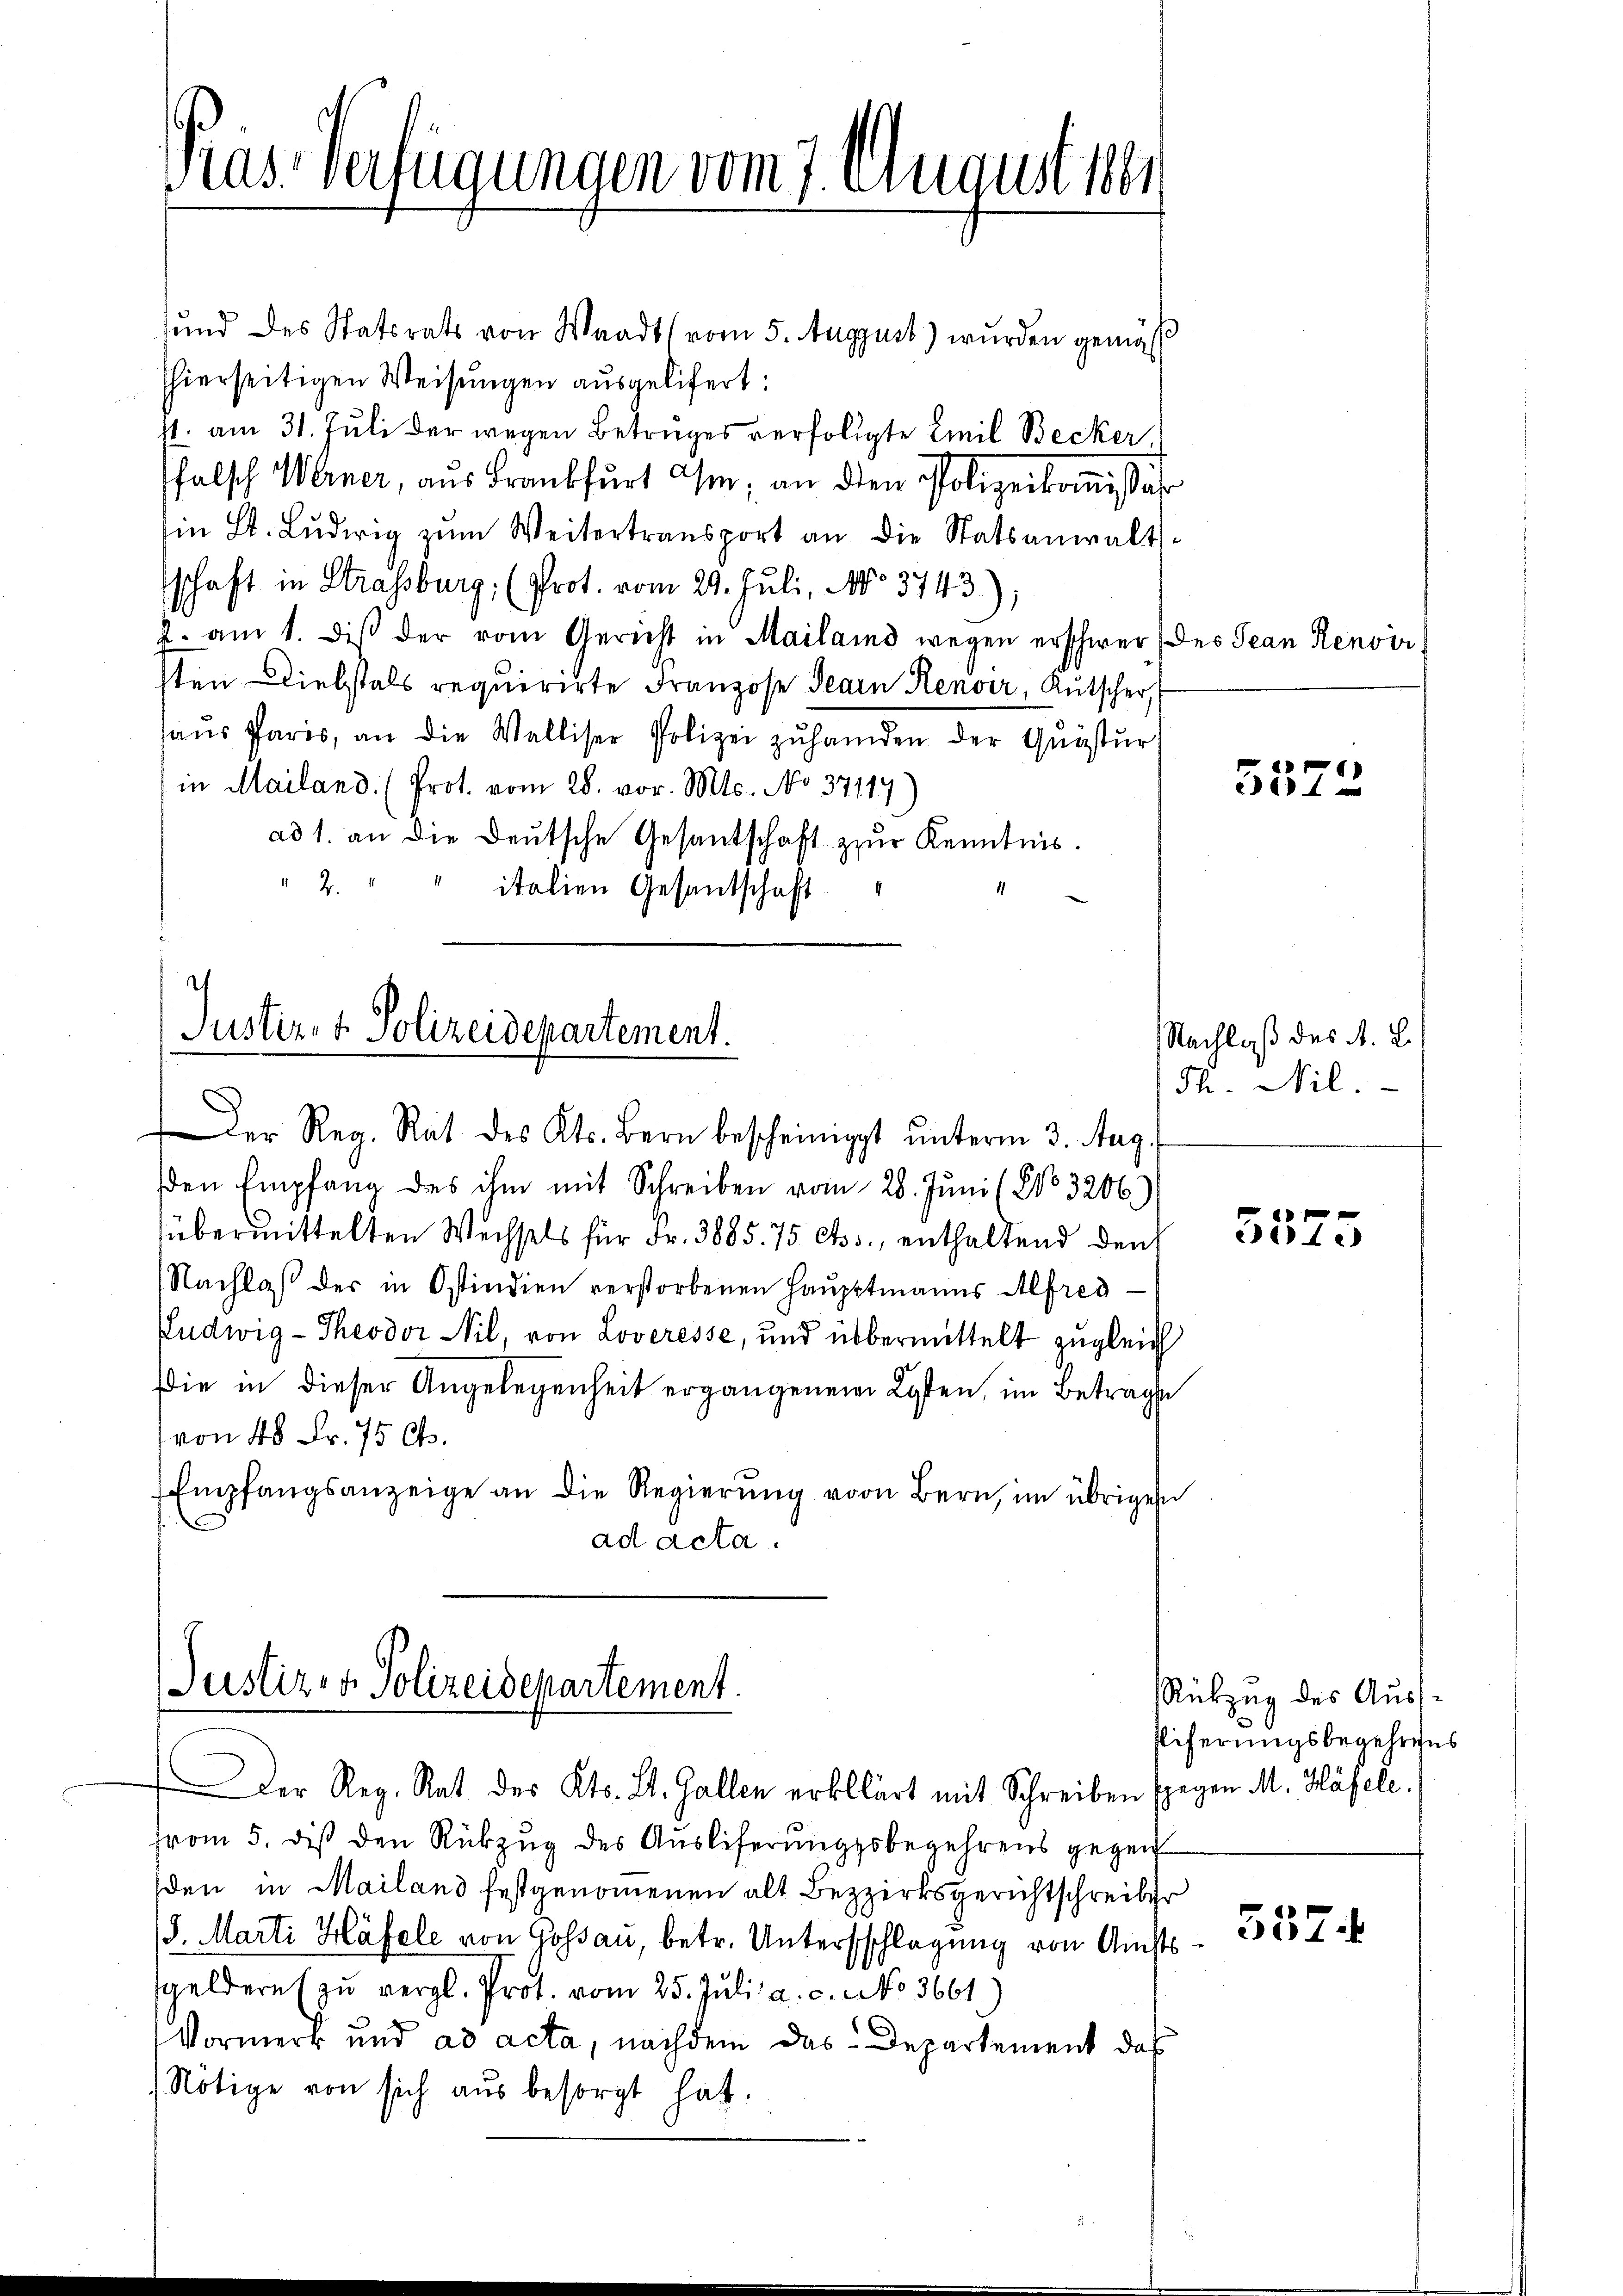
Pras Verfügungen vom 7. August ver

und des Statsrats von Waadt (vom 5. August) wurden gemäß
hierseitigen Weisungen ausgelifert:
1t. am 31. Juli der wegen Betruges verfolgte Emil Becker,
falsch Werner, aus Frankfurt ihm; an den Polizeikommissär
in St. Lŭdwig zŭm Weitertransport an die Statsanwalts-
schaft in Strassburg (Prot. vom 29. Juli, No 3743
. am 1. diβ der vom Gericht in Mailand wegen erschwer des Jean Renvir
sten Diebstals requirirte Franzose Jean Renoir, Kutscher,
haŭs Paris, an die Walliser Polizei zŭhanden der Quästŭr
in Mailand. (Prot. vom 28. vor. Mts. No 37117)
ad 1. an die Deutsche Gesantschaft zur Kenntnis.
 2.
italien Gesandschaft

Justiz- & Polizeidepartement.

Der Reg. Rat des Kts. Bern bescheinigt ŭnterm 3. Aug.
den Empfang des ihm mit Schreiben vom 28. Juni (No. 3206)
übermittelten Wechsels für Fr. 3885. 75 Cts., enthaltend den
Nachlaß der in Ostindien verstorbenen Haupttmanns Alfred
Ludwig - Theodor Nil, von Loveresse, und übermittelt zugleich
die in dieser Angelegenheit ergangenen Kosten, im Betrage
von 40 Fr. 75 Cts.
Empfangsanzeige an die Regierŭng von Bern, im übrigen
ad acta.

Justiz- & Polizeidepartement.

from 5. dis den Rückzug des Auslieferungsbegehrens gegen
den in Mailand festgenommenen alt Bezzirksgerichtschreiber
/. Marti Häfele von Gossau, betr. Untersschlagung von Amts
sgeldern zu vergl. Prot. vom 25. Juli a. c. No 3661
Vormerk und ad acta, nachdem das Departement das
Nötige von sich aus besorgt hat.

Der Reg. Rat des Kts. Lt. Gallen erklärt mit Schreiben sgegen M. Häfele.

5572

Nachlaß des A. L.
Th. Nil.

e
4.

Rükzug des Auss¬
Eiferungsbegehrens

357.